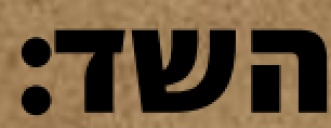
השד: